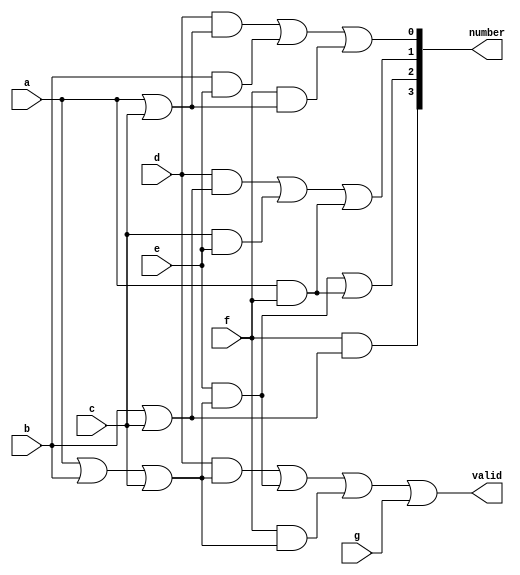
module keypad(valid, number, a, b, c, d, e, f, g);
   output valid;
   output [3:0] number;
   input a, b, c, d, e, f, g;
   
   
   assign valid = ((d && (a || b || c)) || (e && (a || b || c)) || (f && (a || b || c)) || g);
   assign number[3] = (f && (b || c));
   assign number[2] = ((e && (a || b || c)) || (a && f));
   assign number[1] = ((d && (b || c)) || (c && e) || (a && f));
   assign number[0] = ((d && (a || c)) || (b && e) || (f && (a || c)));
   
   
endmodule // keypad